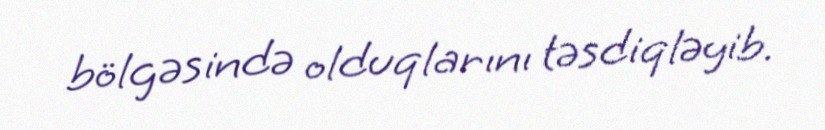
bölgəsində olduqlarını təsdiqləyib.